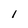
Character: I